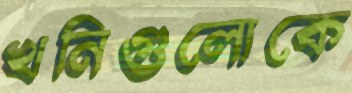
খনিগুলোকে